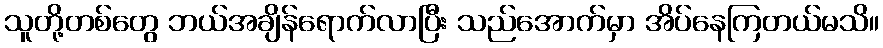
သူတို့တစ်တွေ ဘယ်အချိန်ရောက်လာပြီး သည်အောက်မှာ အိပ်နေကြတယ်မသိ။